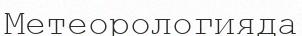
Метеорологияда